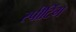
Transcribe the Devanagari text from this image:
स्पीटिंग